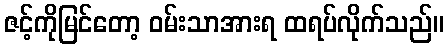
ဇင့်ကိုမြင်တော့ ဝမ်းသာအားရ ထရပ်လိုက်သည်။